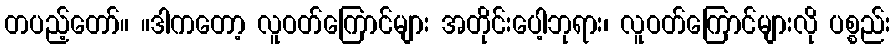
တပည့်တော်။ ။ဒါကတော့ လူဝတ်ကြောင်များ အတိုင်းပေါ့ဘုရား၊ လူဝတ်ကြောင်များလို ပစ္စည်း